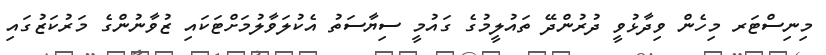
މިނިސްޓަރ މިހެން ވިދާޅުވީ ދުރުންދޭ ތައުލީމުގެ ގައުމީ ސިޔާސަތު އެކުލަވާލުމަށްޓަކައި ޒުވާނުންގެ މަރުކަޒުގައި